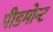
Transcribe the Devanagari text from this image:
पीडमोन्ट